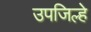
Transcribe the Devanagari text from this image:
उपजिल्हे